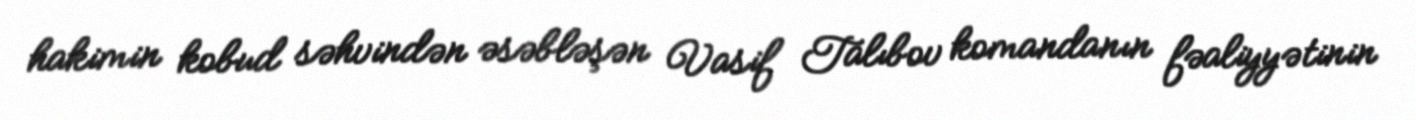
hakimin kobud səhvindən əsəbləşən Vasif Talıbov komandanın fəaliyyətinin